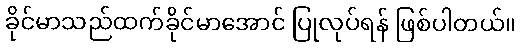
ခိုင်မာသည်ထက်ခိုင်မာအောင် ပြုလုပ်ရန် ဖြစ်ပါတယ်။